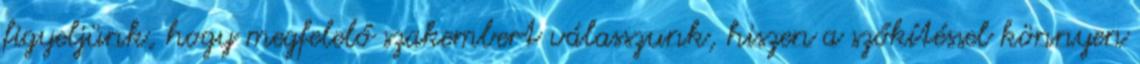
figyeljünk, hogy megfelelő szakembert válasszunk, hiszen a szőkítéssel könnyen